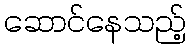
ဆောင်နေသည့်